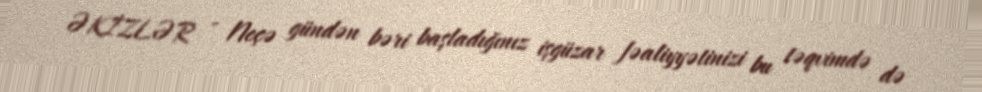
ƏKİZLƏR - Neçə gündən bəri başladığınız işgüzar fəaliyyətinizi bu təqvimdə də